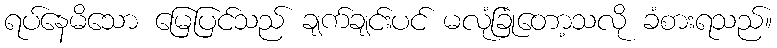
ရပ်နေမိသော မြေပြင်သည် ချက်ချင်းပင် မလုံခြုံတော့သလို ခံစားရသည်။